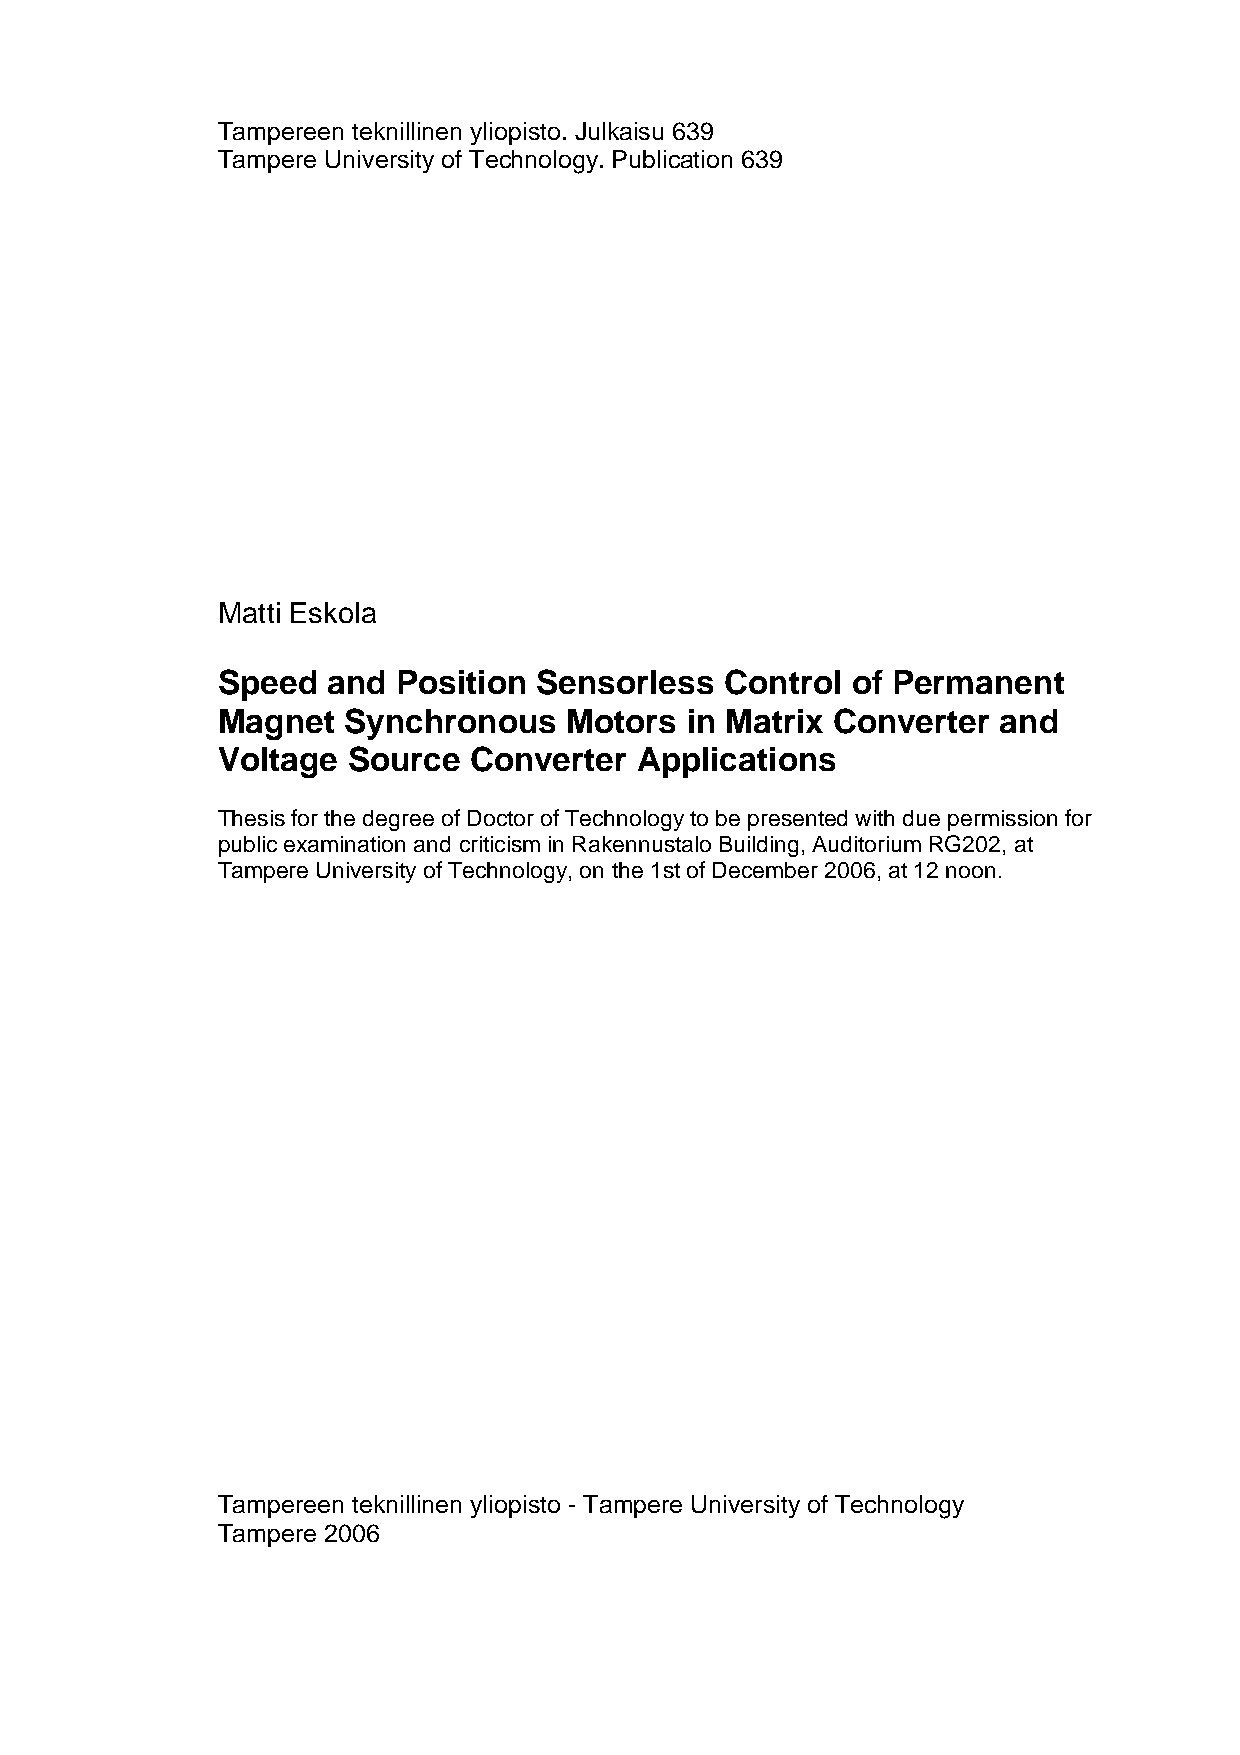
Tampereen teknillinen yliopisto. Julkaisu 639
 Tampere University of Technology. Publication 639
 Matti Eskola
 Speed   and Position  Sensorless  Control of Permanent
 Magnet   Synchronous   Motors  in Matrix Converter  and
 Voltage  Source  Converter  Applications
 Thesis for the degree of Doctor of Technology to be presented with due permission for
 public examination and criticism in Rakennustalo Building, Auditorium RG202, at
 Tampere University of Technology, on the 1st of December 2006, at 12 noon.
 Tampereen teknillinen yliopisto - Tampere University of Technology
 Tampere 2006